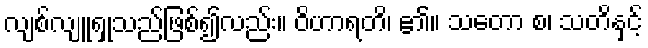
လျစ်လျူရှုသည်ဖြစ်၍လည်း။ ဝိဟာရတိ၊ ၏။ သတော စ၊ သတိနှင့်